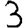
Digit: 3